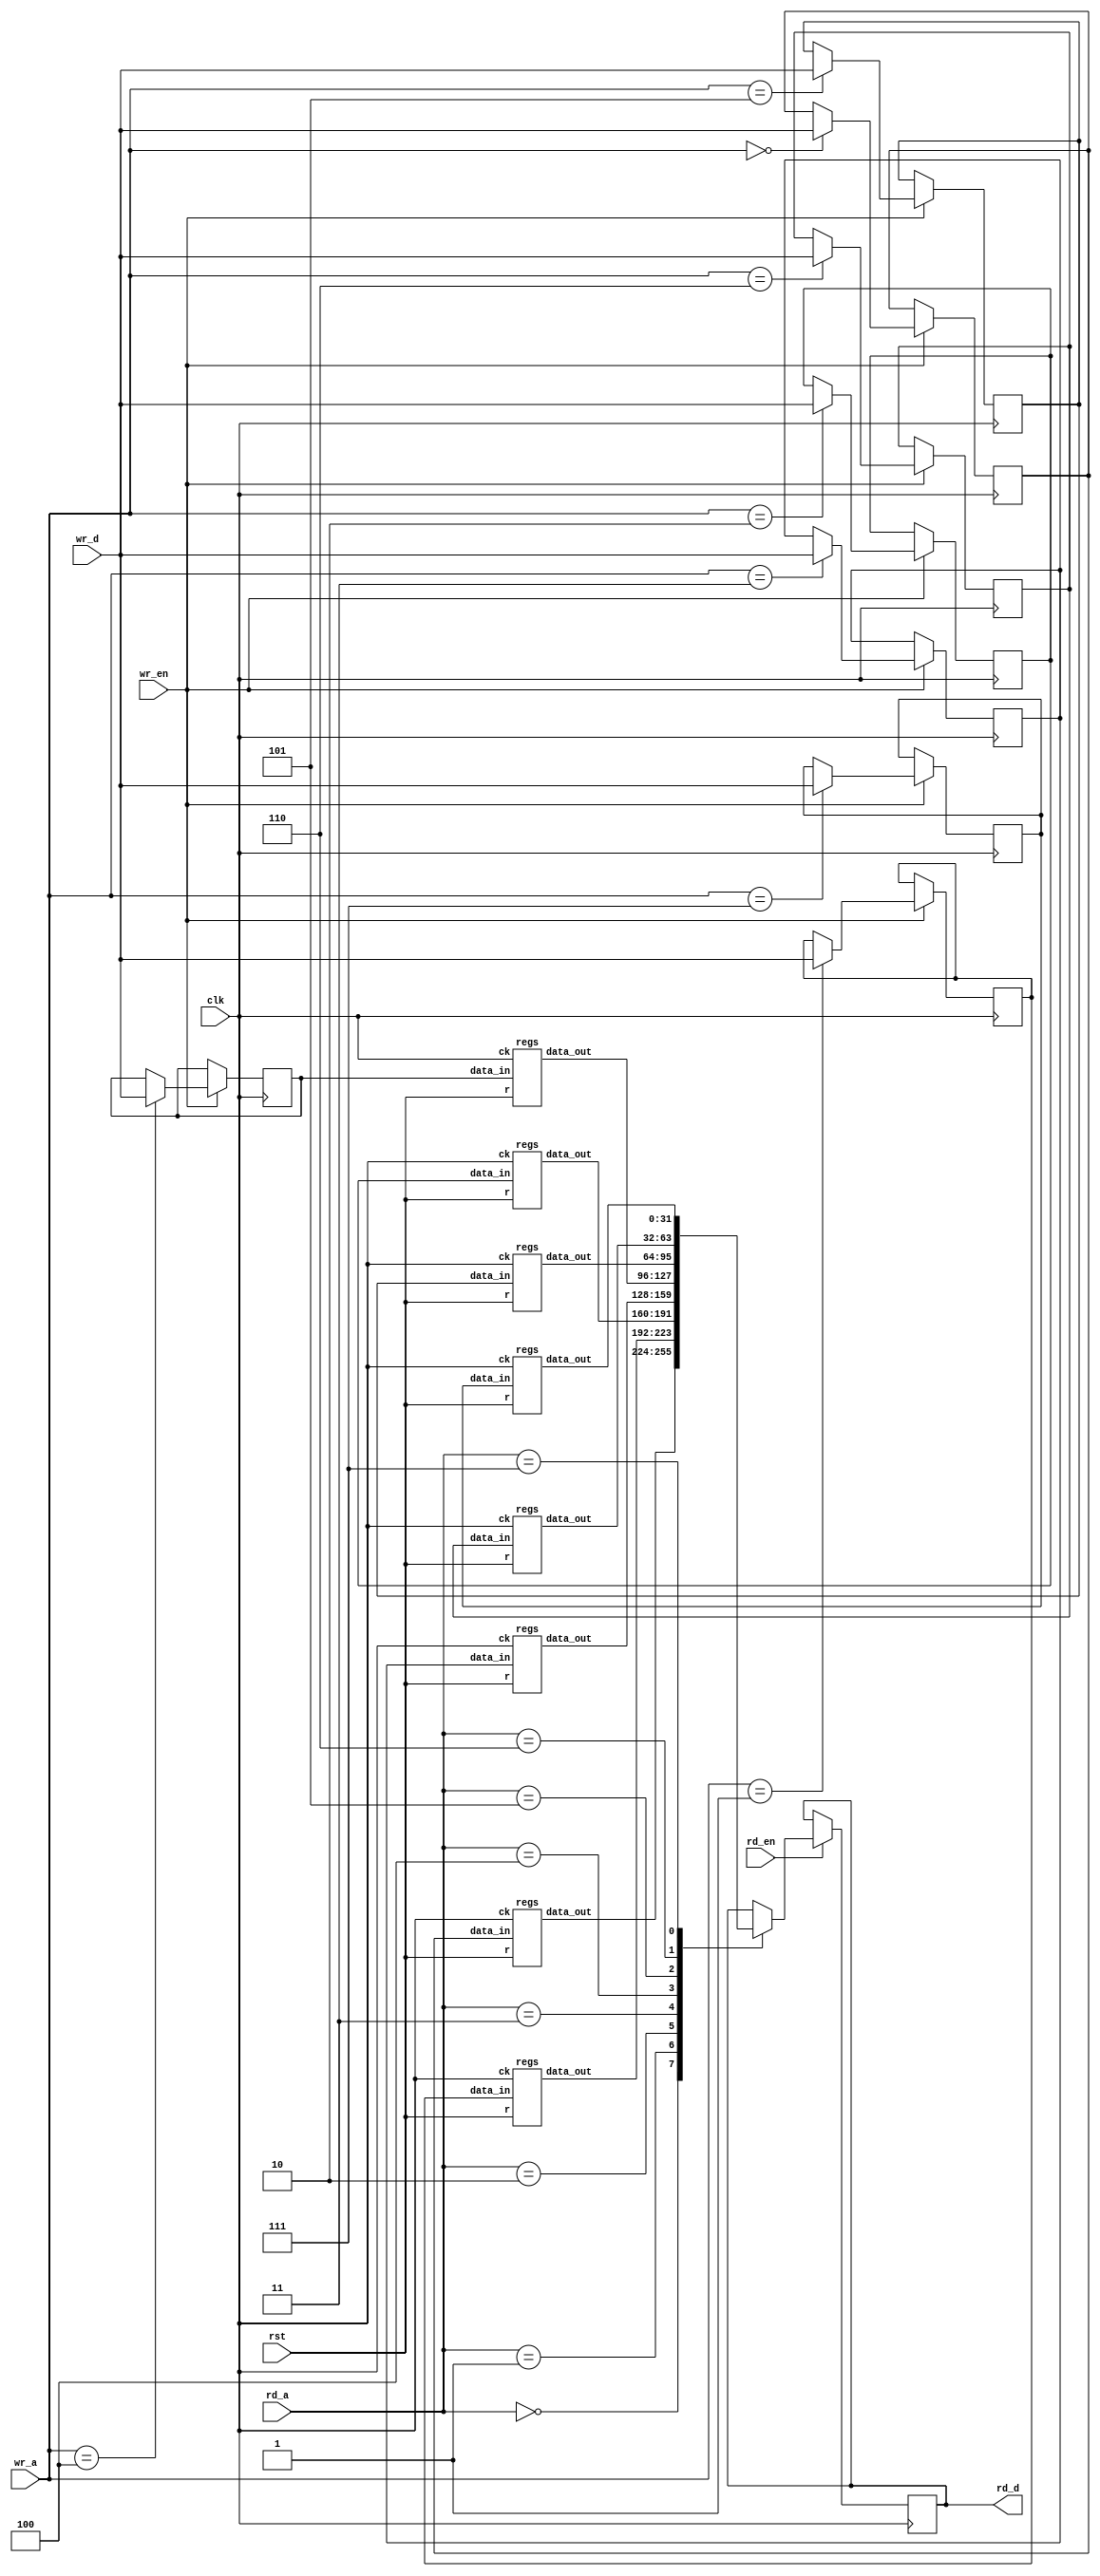
module reg_file (clk, rst, wr_en, rd_en, wr_a, rd_a, wr_d, rd_d);
	parameter DATA_WIDTH = 32;
	parameter ADDR_WIDTH = 8;
	input clk, rst, wr_en, rd_en;
	input [ADDR_WIDTH - 1 : 0] wr_a;
	input [ADDR_WIDTH - 1 : 0] rd_a;
	input [DATA_WIDTH - 1 : 0] wr_d;
	output [DATA_WIDTH - 1 : 0] rd_d;
	reg [DATA_WIDTH - 1 : 0] rf [ADDR_WIDTH - 1 : 0], rd_d;
	reg [DATA_WIDTH - 1 : 0] data_in0;
	reg [DATA_WIDTH - 1 : 0] data_in1;
	reg [DATA_WIDTH - 1 : 0] data_in2;
	reg [DATA_WIDTH - 1 : 0] data_in3;
	reg [DATA_WIDTH - 1 : 0] data_in4;
	reg [DATA_WIDTH - 1 : 0] data_in5;
	reg [DATA_WIDTH - 1 : 0] data_in6;
	reg [DATA_WIDTH - 1 : 0] data_in7;
	wire [DATA_WIDTH - 1 : 0] data_out0;
	wire [DATA_WIDTH - 1 : 0] data_out1;
	wire [DATA_WIDTH - 1 : 0] data_out2;
	wire [DATA_WIDTH - 1 : 0] data_out3;
	wire [DATA_WIDTH - 1 : 0] data_out4;
	wire [DATA_WIDTH - 1 : 0] data_out5;
	wire [DATA_WIDTH - 1 : 0] data_out6;
	wire [DATA_WIDTH - 1 : 0] data_out7;
	wire ck, r;
	assign ck = clk;
	assign r = rst;
	regs r0 (.ck(ck), .r(r), .data_in(data_in0[DATA_WIDTH - 1 : 0]), .data_out(data_out0[DATA_WIDTH - 1 : 0]));
	regs r1 (.ck(ck), .r(r), .data_in(data_in1[DATA_WIDTH - 1 : 0]), .data_out(data_out1[DATA_WIDTH - 1 : 0]));
	regs r2 (.ck(ck), .r(r), .data_in(data_in2[DATA_WIDTH - 1 : 0]), .data_out(data_out2[DATA_WIDTH - 1 : 0]));
	regs r3 (.ck(ck), .r(r), .data_in(data_in3[DATA_WIDTH - 1 : 0]), .data_out(data_out3[DATA_WIDTH - 1 : 0]));
	regs r4 (.ck(ck), .r(r), .data_in(data_in4[DATA_WIDTH - 1 : 0]), .data_out(data_out4[DATA_WIDTH - 1 : 0]));
	regs r5 (.ck(ck), .r(r), .data_in(data_in5[DATA_WIDTH - 1 : 0]), .data_out(data_out5[DATA_WIDTH - 1 : 0]));
	regs r6 (.ck(ck), .r(r), .data_in(data_in6[DATA_WIDTH - 1 : 0]), .data_out(data_out6[DATA_WIDTH - 1 : 0]));
	regs r7 (.ck(ck), .r(r), .data_in(data_in7[DATA_WIDTH - 1 : 0]), .data_out(data_out7[DATA_WIDTH - 1 : 0]));
	always @ (posedge clk) begin
		if(!rst) begin
		end
	end
	always @ (posedge clk) begin
		if (wr_en) begin
			case (wr_a)
				3'b000 : data_in0 <= wr_d;
				3'b001 : data_in1 <= wr_d;
				3'b010 : data_in2 <= wr_d;
				3'b011 : data_in3 <= wr_d;
				3'b100 : data_in4 <= wr_d;
				3'b101 : data_in5 <= wr_d;
				3'b110 : data_in6 <= wr_d;
				3'b111 : data_in7 <= wr_d;
				default : $display ( "Error out of range" );
			endcase
		end
		if (rd_en) begin
			case (rd_a)
				3'b000 : rd_d <= data_out0;
				3'b001 : rd_d <= data_out1;
				3'b010 : rd_d <= data_out2;
				3'b011 : rd_d <= data_out3;
				3'b100 : rd_d <= data_out4;
				3'b101 : rd_d <= data_out5;
				3'b110 : rd_d <= data_out6;
				3'b111 : rd_d <= data_out7;
				default : $display ( "Error out of range" );
			endcase
		end
	end
endmodule
module regs (ck, r, data_in, data_out);
	parameter DATA_WIDTH = 32;
	parameter ADDR_WIDTH = 8;
	input ck, r;
	input [DATA_WIDTH - 1 : 0] data_in;
	output [DATA_WIDTH - 1 : 0] data_out;
	reg [DATA_WIDTH - 1 : 0] data_out;
	always @ (posedge ck) begin
		if(!r) begin
			data_out = 32'b0;
		end
		else begin
			data_out = data_in;
		end
	end
endmodule